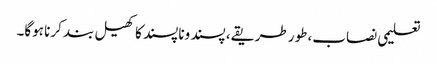
تعلیمی نصاب، طور طریقے، پسند وناپسند کا کھیل بند کرنا ہوگا۔